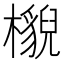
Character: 𣞠